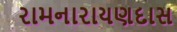
રામનારાયણદાસ